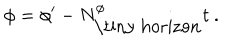
LaTeX: \phi = \phi ^ { \prime } - N _ { \mathrm { \tiny ~ h o r i z o n } } ^ { \phi } t \ .